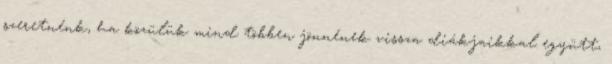
szeretnénk, ha közülük mind többen jönnének vissza diákjaikkal együtt,